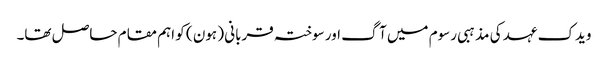
ویدک عہد کی مذہبی رسوم میں آگ اور سوختہ قربانی ( ہون ) کو اہم مقام حاصل تھا۔